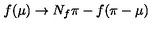
f ( \mu ) \to N _ { f } \pi - f ( \pi - \mu )